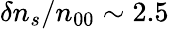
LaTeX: \delta n_{s}/n_{00}\sim 2.5\